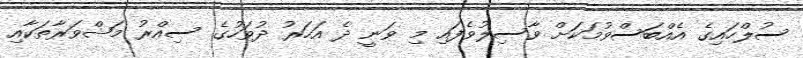
ސުލްހައިގެ އެއްބަސްވުމަކަށް ވާސިލުވެފައި މި ވަނީ ދެ އަހަރު ދުވަހުގެ ސިއްރު މަޝްވަރާތަކާއި